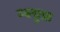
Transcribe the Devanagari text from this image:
म्क्ग्रुफ़